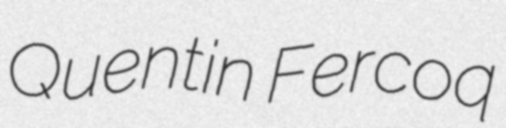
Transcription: Quentin Fercoq